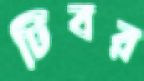
টিবর